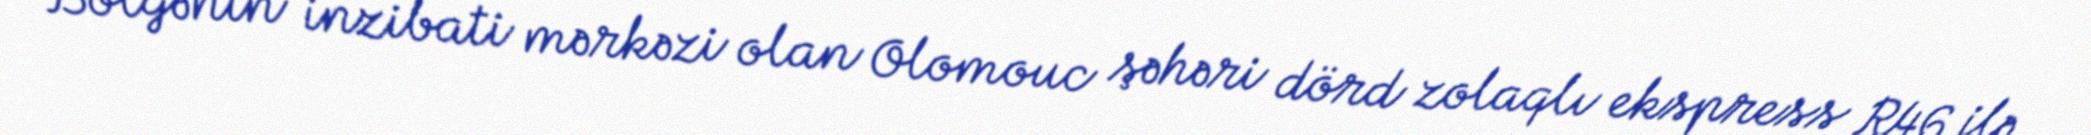
Bölgənin inzibati mərkəzi olan Olomouc şəhəri dörd zolaqlı ekspress R46 ilə